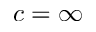
c = \infty